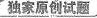
独家原创试题